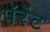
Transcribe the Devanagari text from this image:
पॅरेंट